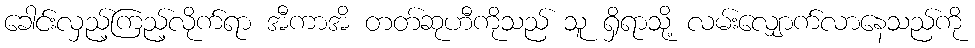
ခေါင်းလှည့်ကြည့်လိုက်ရာ အီကာအိ တတ်ဆုဟီကိုသည် သူ ရှိရာသို့ လမ်းလျှောက်လာနေသည်ကို